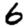
Digit: 6